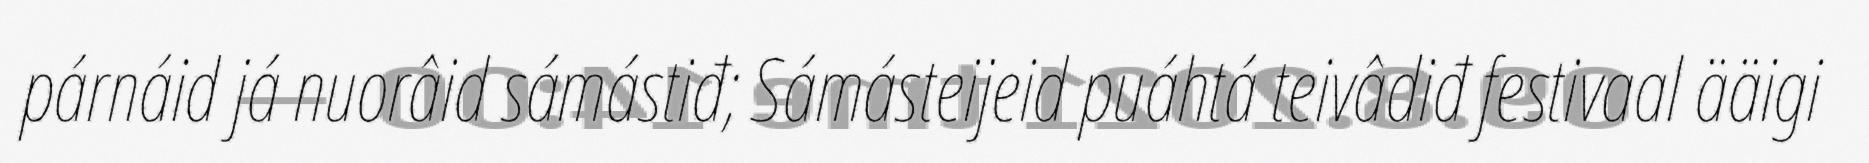
párnáid já nuorâid sámástiđ; Sámásteijeid puáhtá teivâdiđ festivaal ääigi